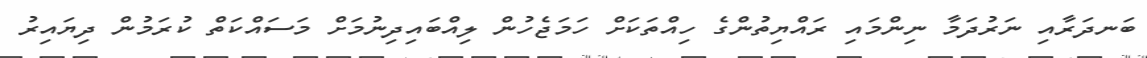
ބަނދަރާއި ނަރުދަމާ ނިންމައި ރައްޔިތުންގެ ހިއްތަކަށް ހަމަޖެހުން ލިއްބައިދިނުމަށް މަސައްކަތް ކުރަމުން ދިޔައިރު